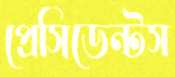
প্রেসিডেন্টস